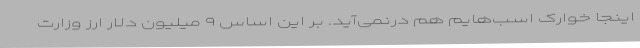
اینجا خوارک اسب‌هایم هم درنمی‌آید. بر این اساس ۹ میلیون دلار ارز وزارت